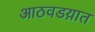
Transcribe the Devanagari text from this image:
आठवडय़ात